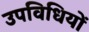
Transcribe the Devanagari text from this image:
उपविधियों